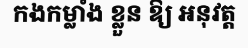
កងកម្លាំង ខ្លួន ឱ្យ អនុវត្ត